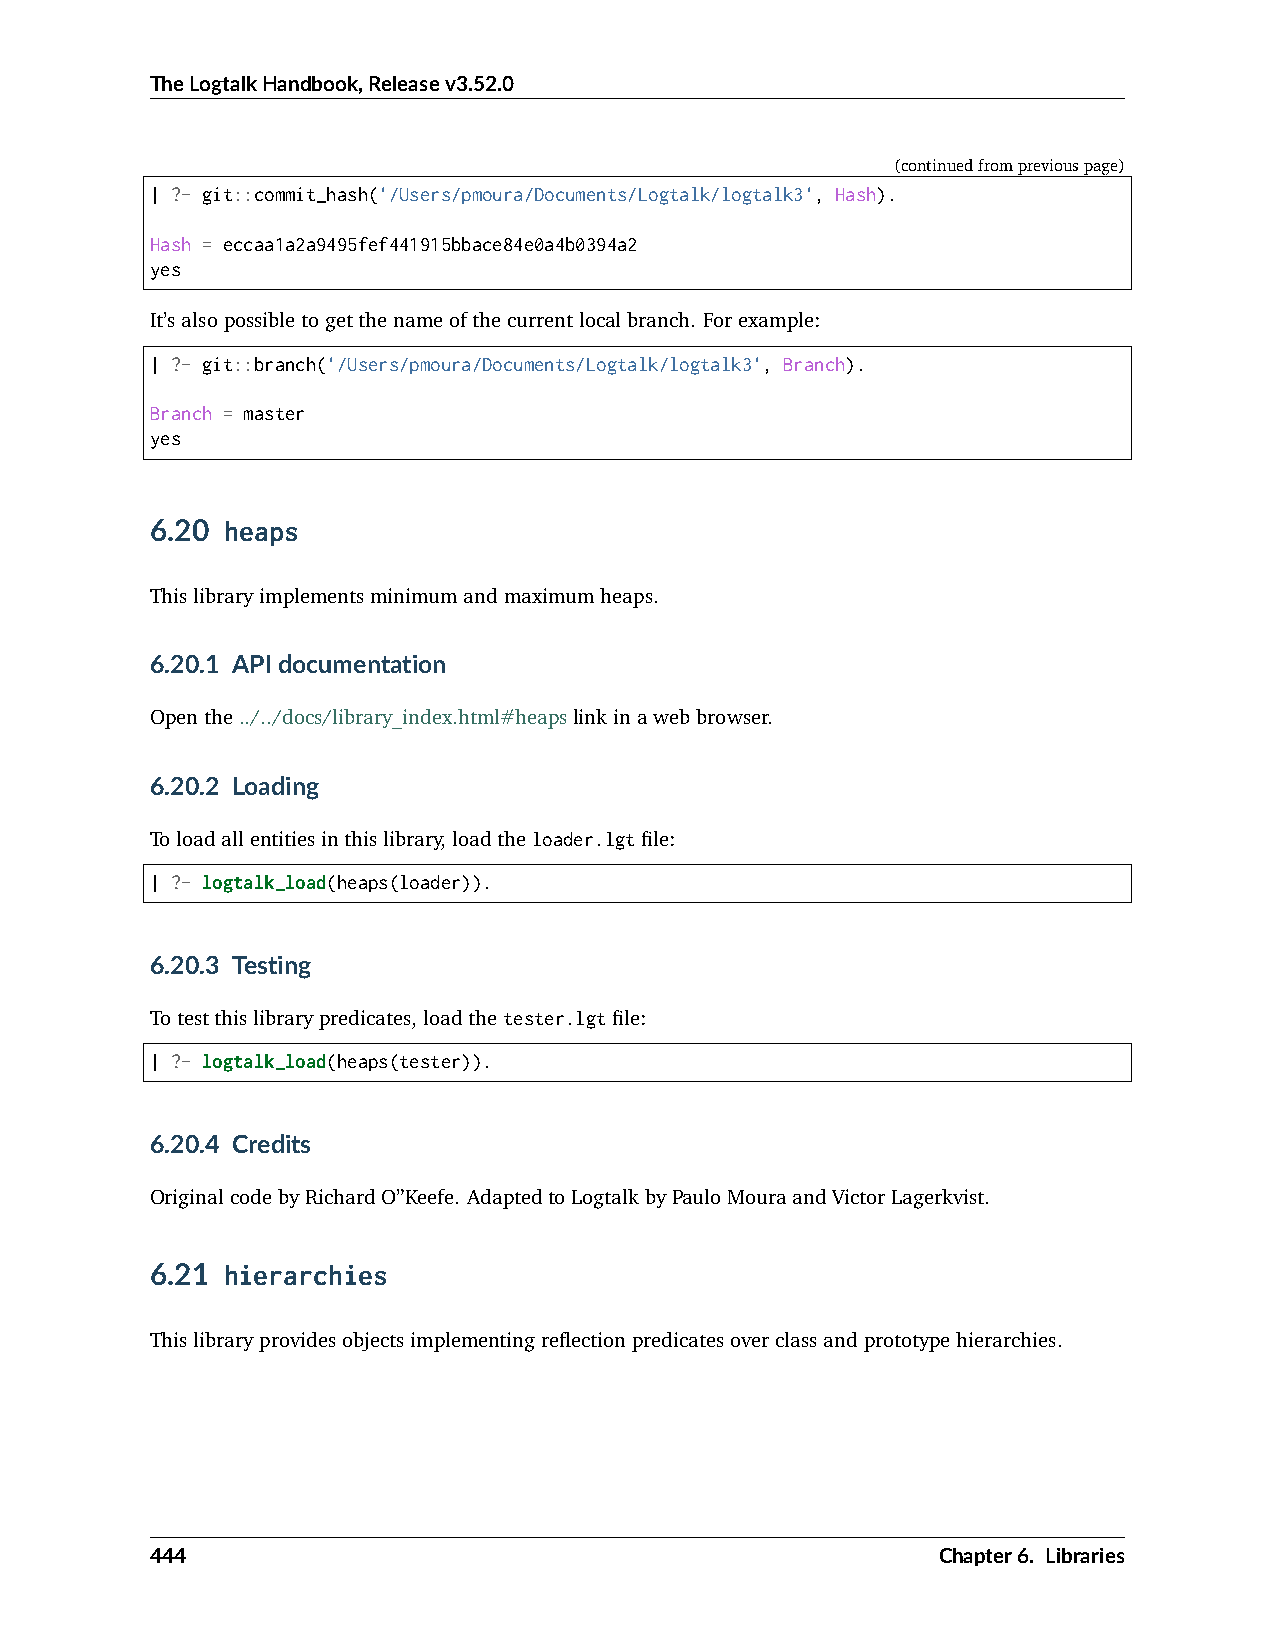
TheLogtalkHandbook,Releasev3.52.0
 (continuedfrompreviouspage)
 | ?- git::commit_hash('/Users/pmoura/Documents/Logtalk/logtalk3', Hash).
 Hash = eccaa1a2a9495fef441915bbace84e0a4b0394a2
 yes
 It’salsopossibletogetthenameofthecurrentlocalbranch. Forexample:
 | ?- git::branch('/Users/pmoura/Documents/Logtalk/logtalk3', Branch).
 Branch = master
 yes
 6.20 heaps
 Thislibraryimplementsminimumandmaximumheaps.
 6.20.1 APIdocumentation
 Openthe../../docs/library_index.html#heapslinkinawebbrowser.
 6.20.2 Loading
 Toloadallentitiesinthislibrary,loadtheloader.lgtfile:
 | ?- logtalk_load(heaps(loader)).
 6.20.3 Testing
 Totestthislibrarypredicates,loadthetester.lgtfile:
 | ?- logtalk_load(heaps(tester)).
 6.20.4 Credits
 OriginalcodebyRichardO”Keefe. AdaptedtoLogtalkbyPauloMouraandVictorLagerkvist.
 6.21 hierarchies
 Thislibraryprovidesobjectsimplementingreflectionpredicatesoverclassandprototypehierarchies.
 444                                                 Chapter6. Libraries